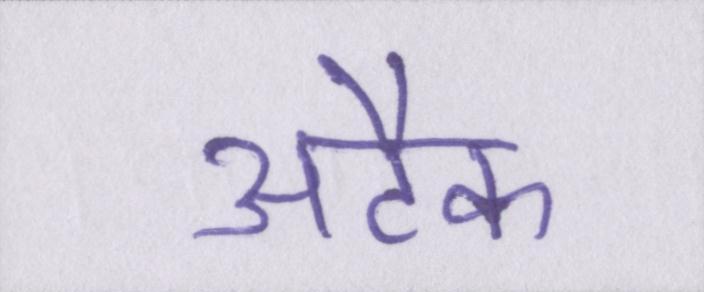
अटैक